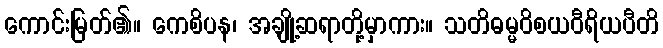
ကောင်းမြတ်၏။ ကေစိပန၊ အချို့ဆရာတို့မှာကား။ သတိဓမ္မဝိစယဝီရိယပီတိ